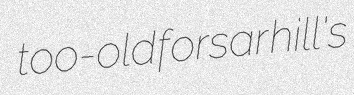
too-old forsar hill's